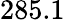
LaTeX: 285.1